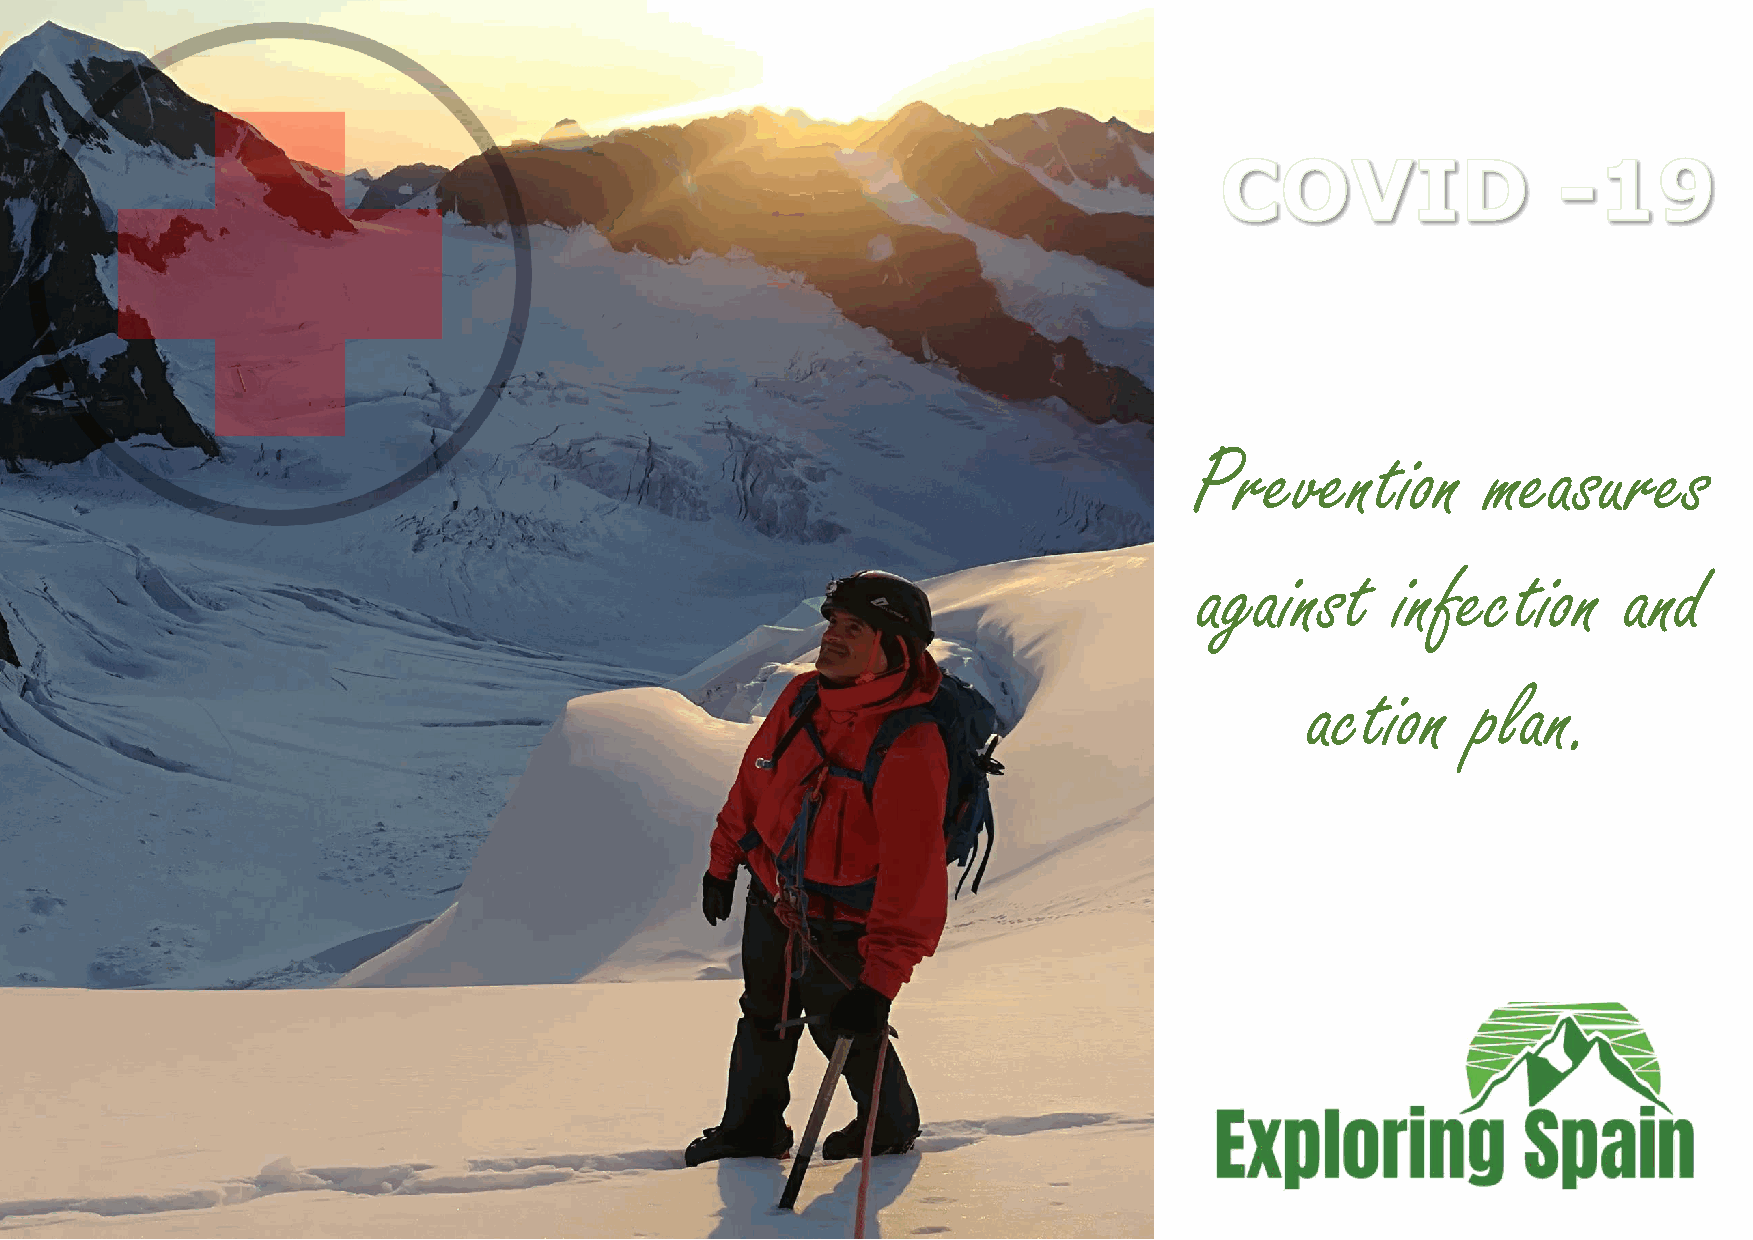
Prevention         measures
 zERMATT
 against      infection       and
 action     plan.